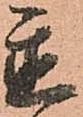
置